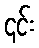
၎င်း